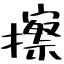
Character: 擦